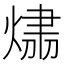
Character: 𤌂